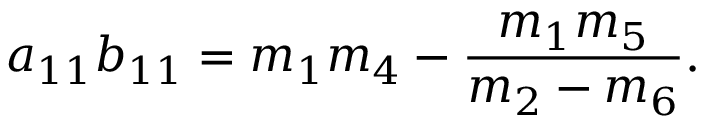
a _ { 1 1 } b _ { 1 1 } = m _ { 1 } m _ { 4 } - \frac { m _ { 1 } m _ { 5 } } { m _ { 2 } - m _ { 6 } } .